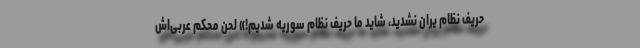
حریف نظام یران نشدید، شاید ما حریف نظام سوریه شدیم!» لحن محکم عربی‌اش